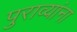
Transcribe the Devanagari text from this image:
पुराव्यांना